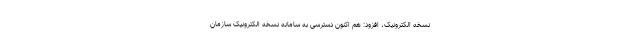
نسخه الکترونیک، افزود: هم اکنون دسترسی به سامانه نسخه الکترونیک سازمان